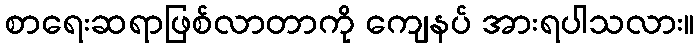
စာရေးဆရာဖြစ်လာတာကို ကျေနပ် အားရပါသလား။